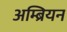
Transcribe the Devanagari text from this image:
अम्ब्रियन